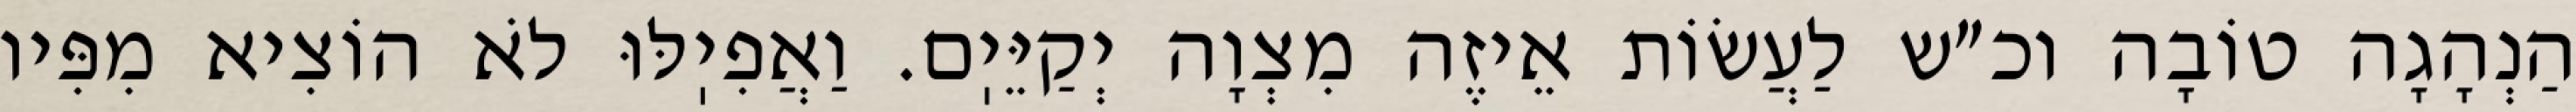
הַנְהָגָה טוֹבָה וכ״ש לַעֲשׂוֹת אֵיזֶה מִצְוָה יְקַיֵּיֽם. וַאֲפִיֽלּוּ לֹא הוֹצִיא מִפִּיו